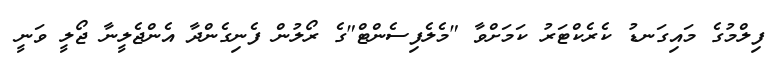
ފިލްމުގެ މައިގަނޑު ކެރެކްޓަރު ކަމަށްވާ "މެލެފިސެންޓް"ގެ ރޯލުން ފެނިގެންދާ އެންޖެލީނާ ޖޯލީ ވަނީ